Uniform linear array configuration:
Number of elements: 24
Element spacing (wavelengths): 0.25
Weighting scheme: hann
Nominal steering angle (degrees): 60
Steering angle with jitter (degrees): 58.518
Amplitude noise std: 0.05
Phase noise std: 0.05

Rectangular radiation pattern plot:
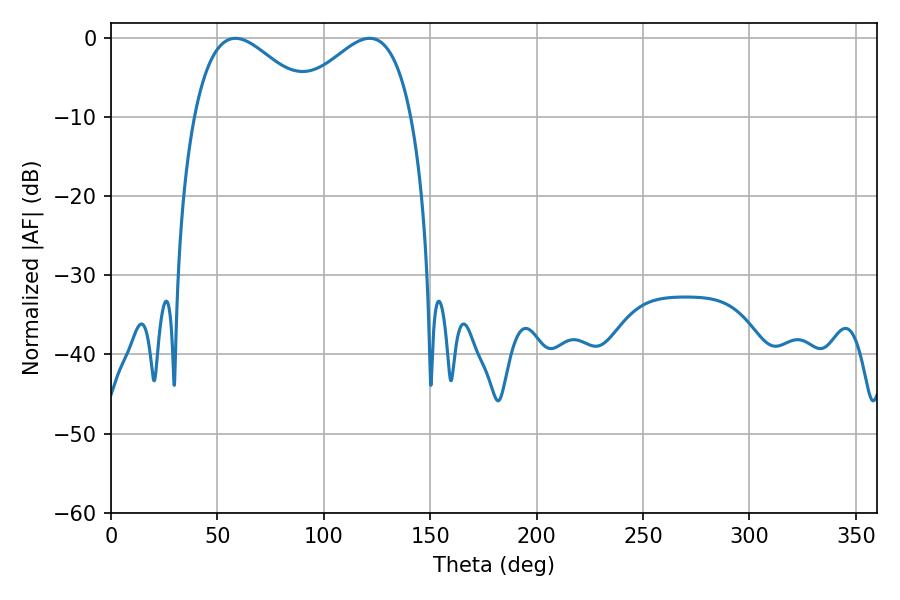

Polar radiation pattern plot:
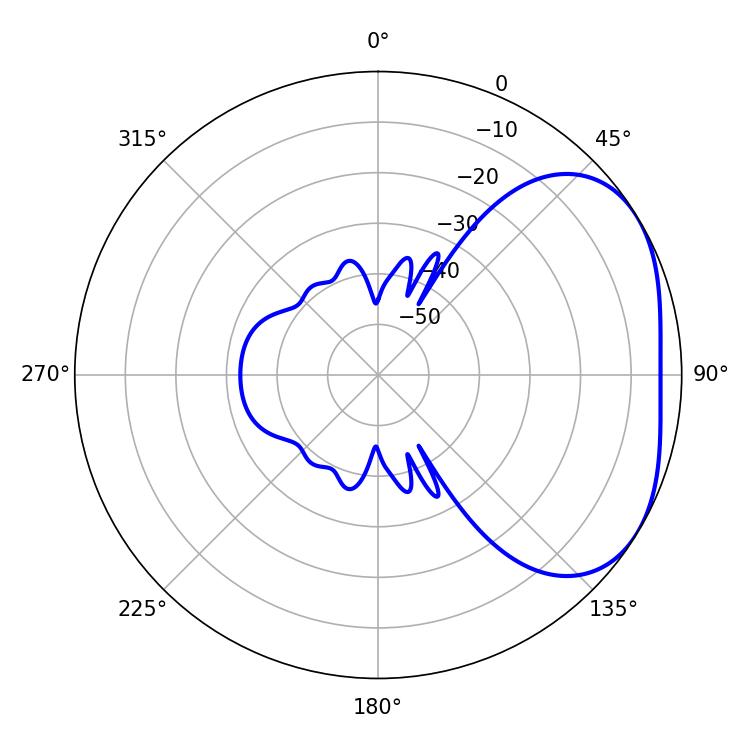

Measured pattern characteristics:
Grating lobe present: FALSE
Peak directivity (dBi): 3.077
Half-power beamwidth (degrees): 31.32
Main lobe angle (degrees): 58.5